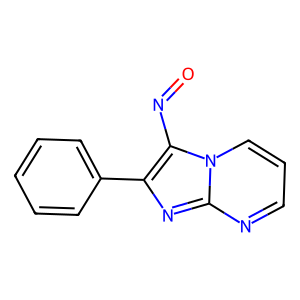
SMILES: O=Nc1c(-c2ccccc2)nc2ncccn12
Inhibits HIV replication: No